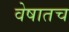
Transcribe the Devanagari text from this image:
वेषातच